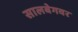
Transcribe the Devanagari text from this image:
सालबेगवर